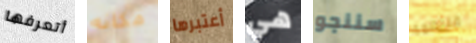
أتعرفها مكانه أعتبرها هي سننجو منتظمة